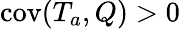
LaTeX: \mathrm{cov}(T_{a},Q)>0